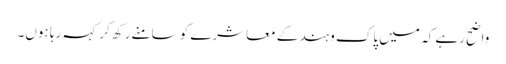
واضح رہے کہ میں پاک وہند کے معاشرے کو سامنے رکھ کر کہہ رہا ہوں۔